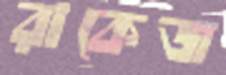
রাকেজ